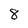
Character: 8